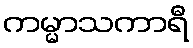
ကမ္မာသကာရီ